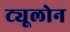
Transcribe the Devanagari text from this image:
ट्यूलोन